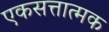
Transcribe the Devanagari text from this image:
एकसत्तात्मक